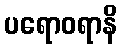
ပရောဝရာနိ